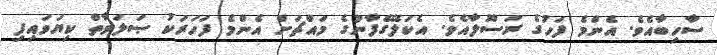
ސާހިބާއެވެ. އެންމެ ފަހުގެ ރަސޫލާއެވެ. އެކަލޭގެފާނުގެ މައްޗަށް އެންމެ ފަހަރަކު ޞަލަވާތް ކިޔަވައިފި